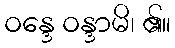
ဝန္ဒေ ဝန္ဒာမိ၊ ၏။